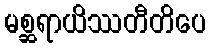
မစ္ဆရာယိဿတီတိပေ